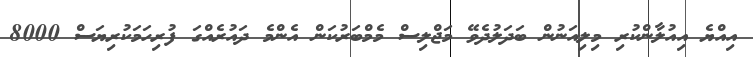
އިއްޔެ އިއުލާންކުރި މިލިއަނުން ބަދަލުދެވޭ މަޖްލިސް މެމްބަރުކަން އެންމެ ދައުރެއްގަ ފުރިހަމަކުރިޔަސް 8000